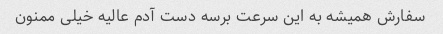
سفارش همیشه به این سرعت برسه دست آدم عالیه خیلی ممنون